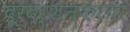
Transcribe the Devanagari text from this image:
दूरदर्शनकरता